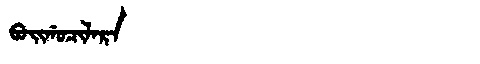
Manchu: ᠪᠣᡳᡤᠣᠴᡳᠯᠠᡵᠠ
Romanization: BOIGOCILARA